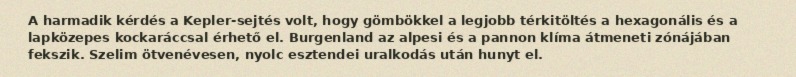
A harmadik kérdés a Kepler-sejtés volt, hogy gömbökkel a legjobb térkitöltés a hexagonális és a lapközepes kockaráccsal érhető el. Burgenland az alpesi és a pannon klíma átmeneti zónájában fekszik. Szelim ötvenévesen, nyolc esztendei uralkodás után hunyt el.